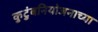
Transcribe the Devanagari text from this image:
कुटुंबनियोजनाच्या